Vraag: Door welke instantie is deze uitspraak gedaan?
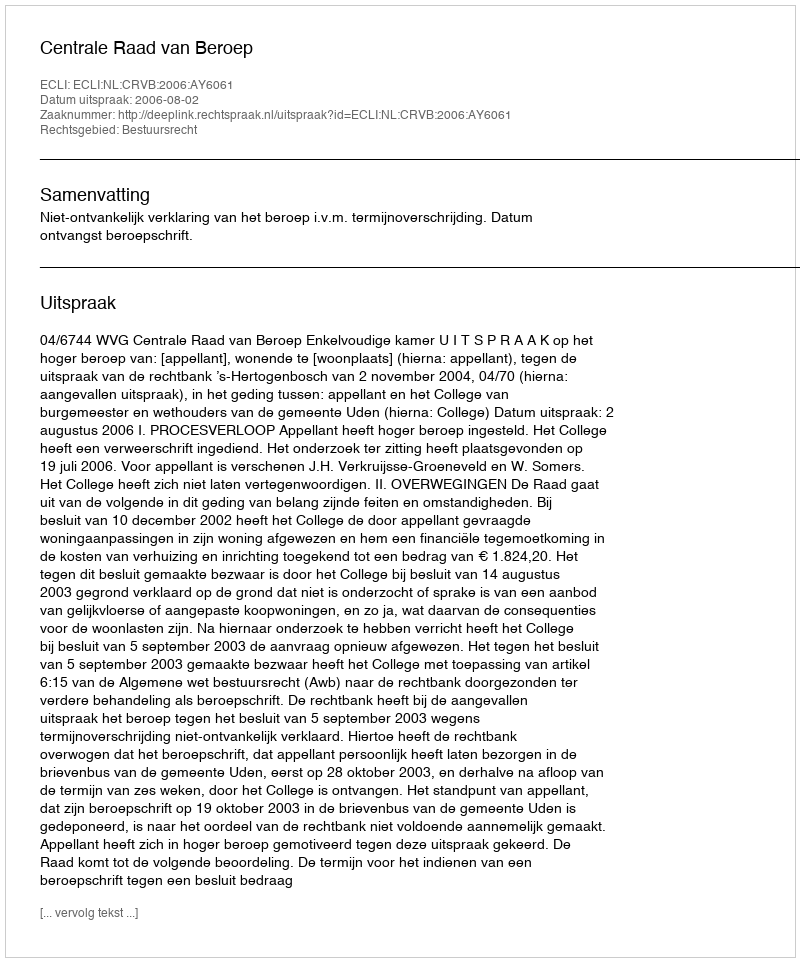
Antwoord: Centrale Raad van Beroep